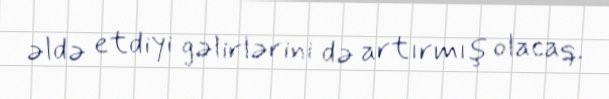
əldə etdiyi gəlirlərini də artırmış olacaq.